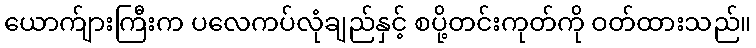
ယောက်ျားကြီးက ပလေကပ်လုံချည်နှင့် စပို့တင်းကုတ်ကို ဝတ်ထားသည်။